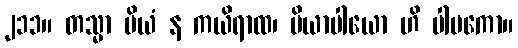
၂၁၁။ တသ္မာ ပိယံ န ကယိရာထ၊ ပိယာပါယော ဟိ ပါပကော။